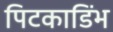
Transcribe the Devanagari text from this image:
पिटकाडिंभ